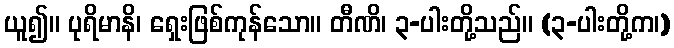
ယူ၍။ ပုရိမာနိ၊ ရှေးဖြစ်ကုန်သော။ တီဏိ၊ ၃-ပါးတို့သည်။ (၃-ပါးတို့က၊)